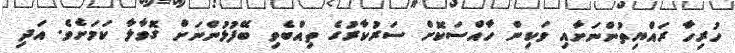
ހުރިހާ ރައްޔިތުންނަށާއި ވަކިން ހާއްސަކޮށް ސަރުކާރުގެ ތިއްބެވި ބޭފުޅުންނަށް ގޮވާލާ ކަމަށެވެ. އަދި